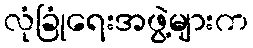
လုံခြုံရေးအဖွဲ့များက